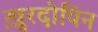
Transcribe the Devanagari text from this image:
ख़ुरदोपिन